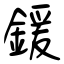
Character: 鍰